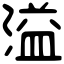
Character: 溢